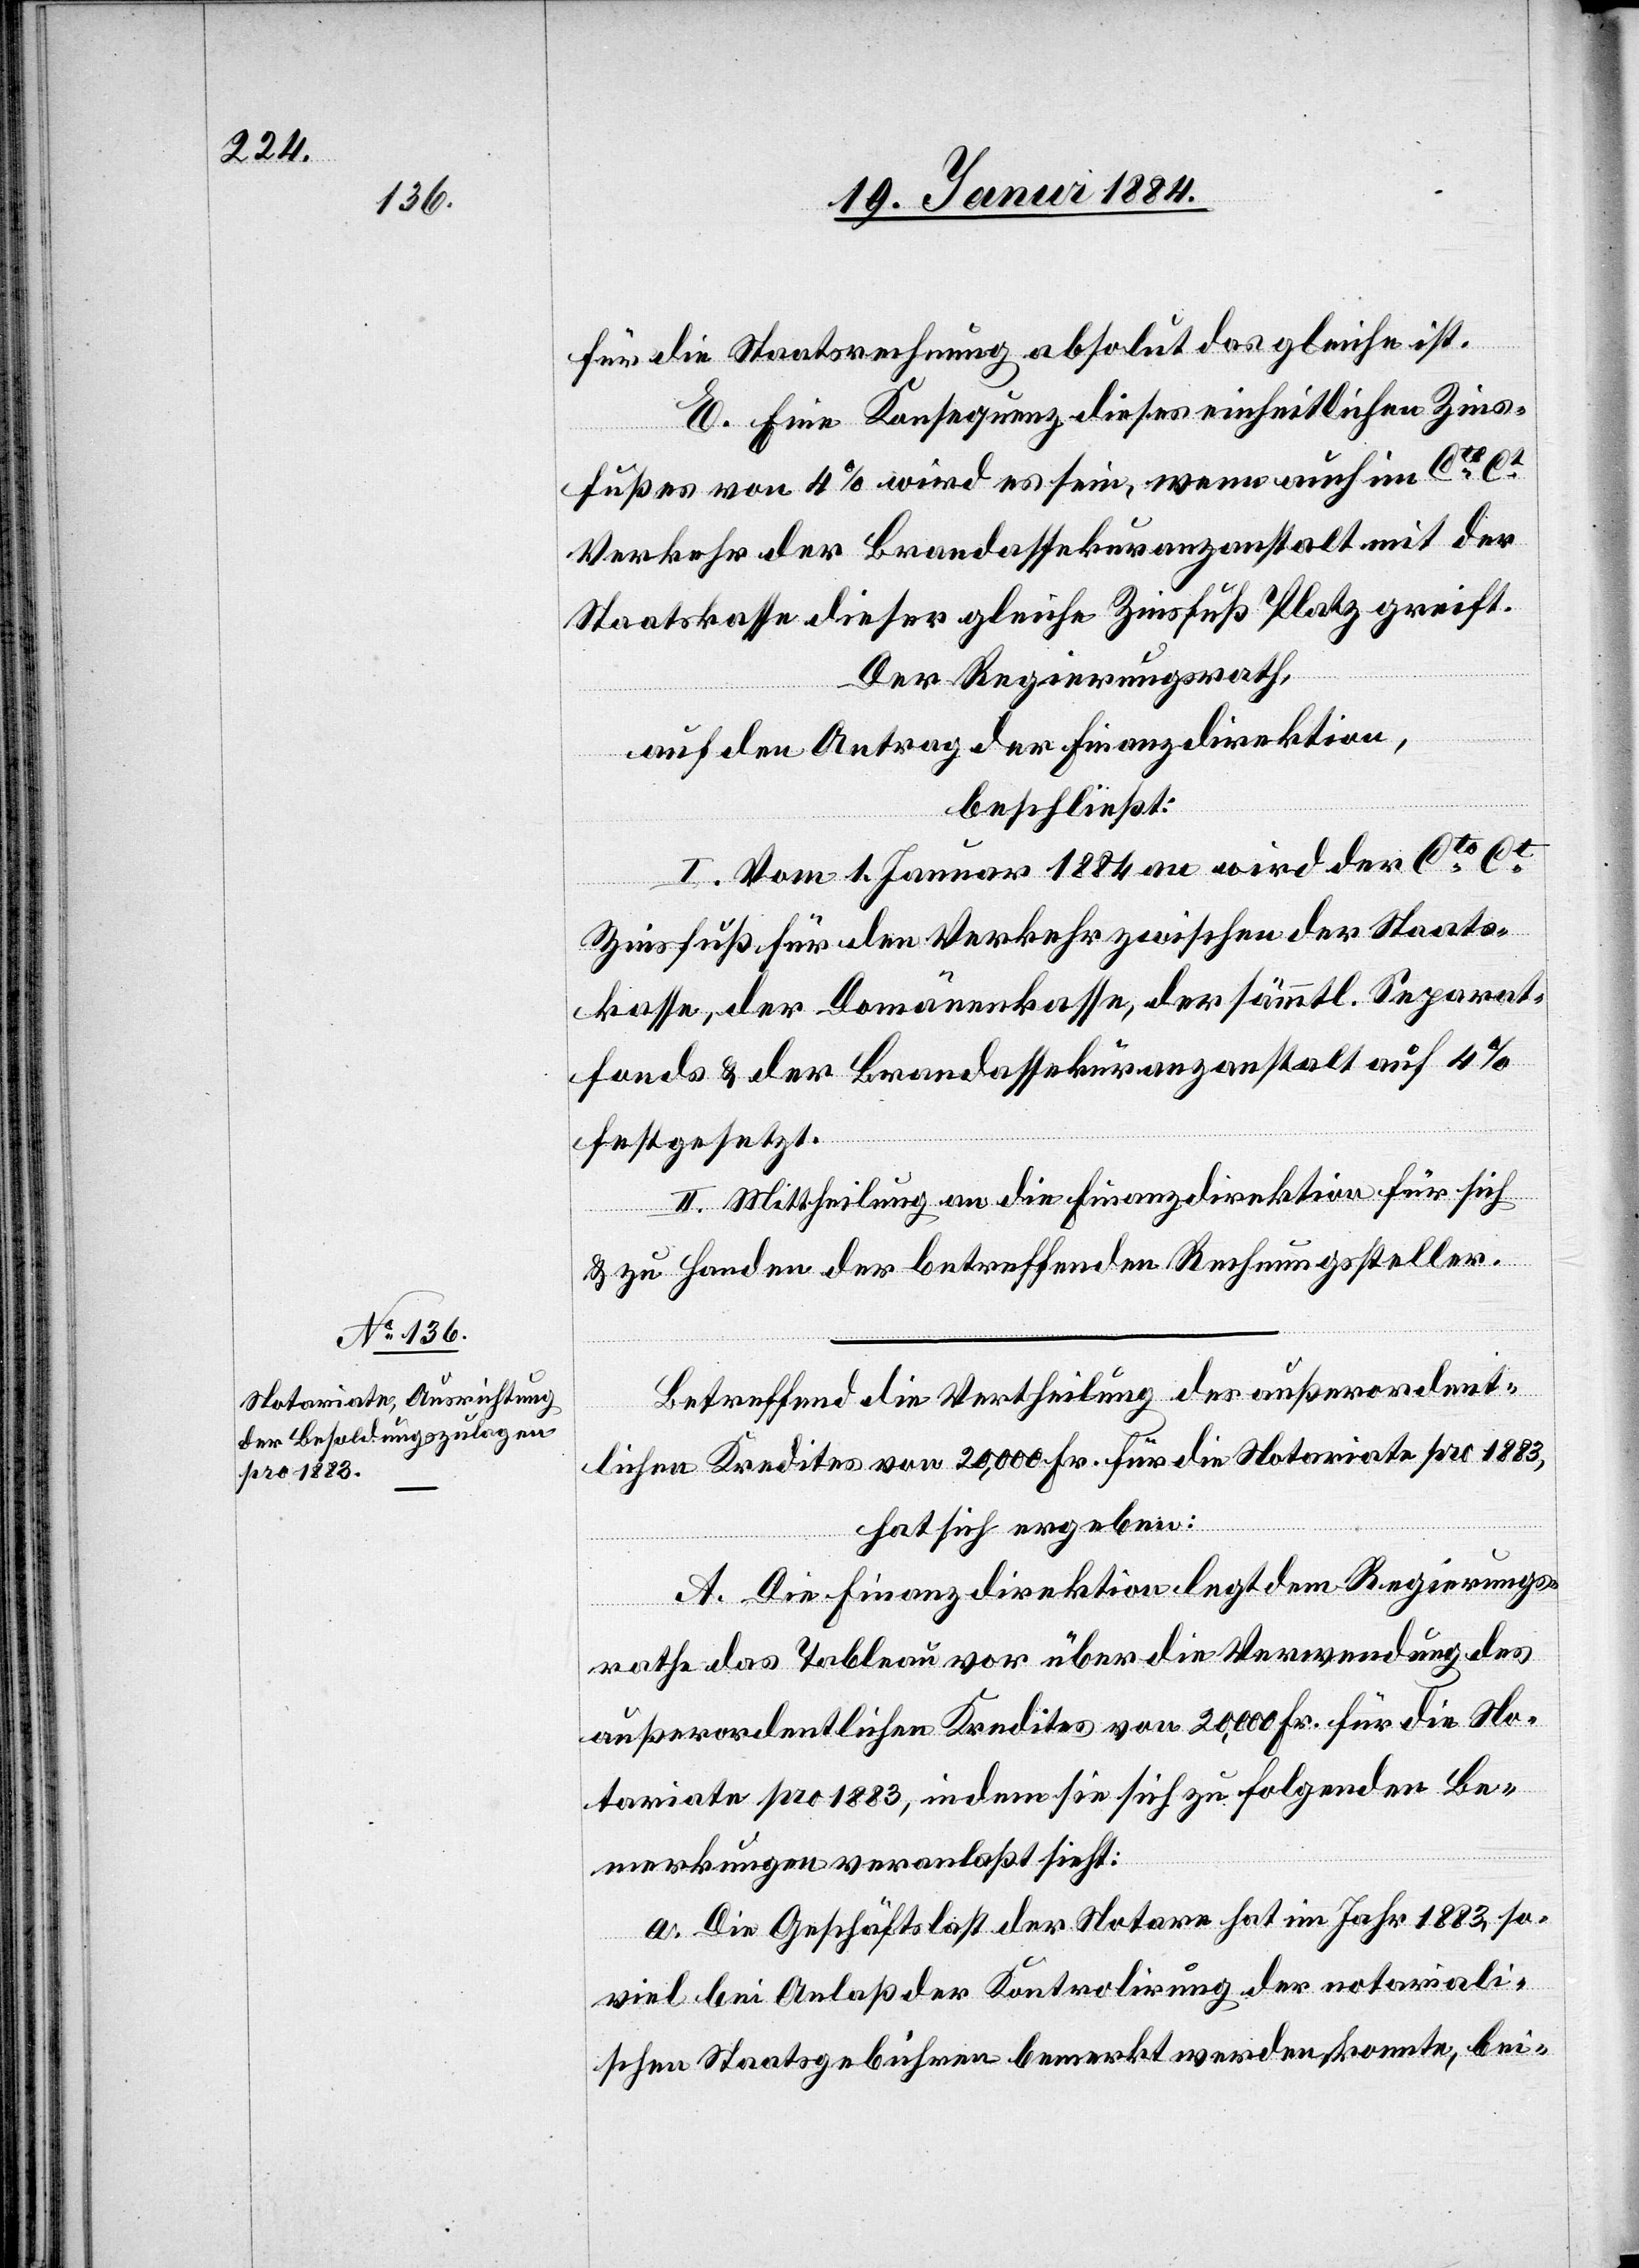
für die Staatsrechnung absolut das gleiche ist.
E. Eine Konsequenz dieses einheitlichen Zins¬
fußes von 4% wird es sein, wenn auch im Cto Ct
Verkehr der Brandassekuranzanstalt mit der
Staatskasse dieser gleiche Zinsfuß Platz greift.
Der Regierungsrath,
auf den Antrag der Finanzdirektion,
beschließt:
I. Vom 1. Januar 1884 an wird der Cto Ct
Zinsfuß für den Verkehr zwischen der Staats¬
kasse, der Domänenkasse, der sämmtl. Separat¬
fonds & der Brandassekuranzanstalt auf 4%
festgesetzt.
II. Mittheilung an die Finanzdirektion für sich
& zu Handen der betreffenden Rechnungsteller.